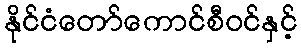
နိုင်ငံတော်ကောင်စီဝင်နှင့်